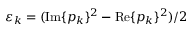
\varepsilon _ { k } = ( \mathrm { I m } \{ p _ { k } \} ^ { 2 } - \mathrm { R e } \{ p _ { k } \} ^ { 2 } ) / 2